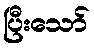
ပြီးသော်